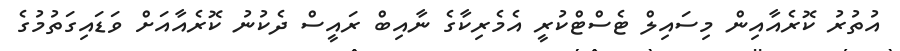
އުތުރު ކޮރެއާއިން މިސައިލް ޓެސްޓްކުރީ އެމެރިކާގެ ނާއިބް ރައީސް ދެކުނު ކޮރެއާއަށް ވަޑައިގަތުމުގެ